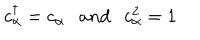
LaTeX: c _ { \alpha } ^ { \dagger } = c _ { \alpha } \ \ \ a n d \ \ \ c _ { \alpha } ^ { 2 } = 1